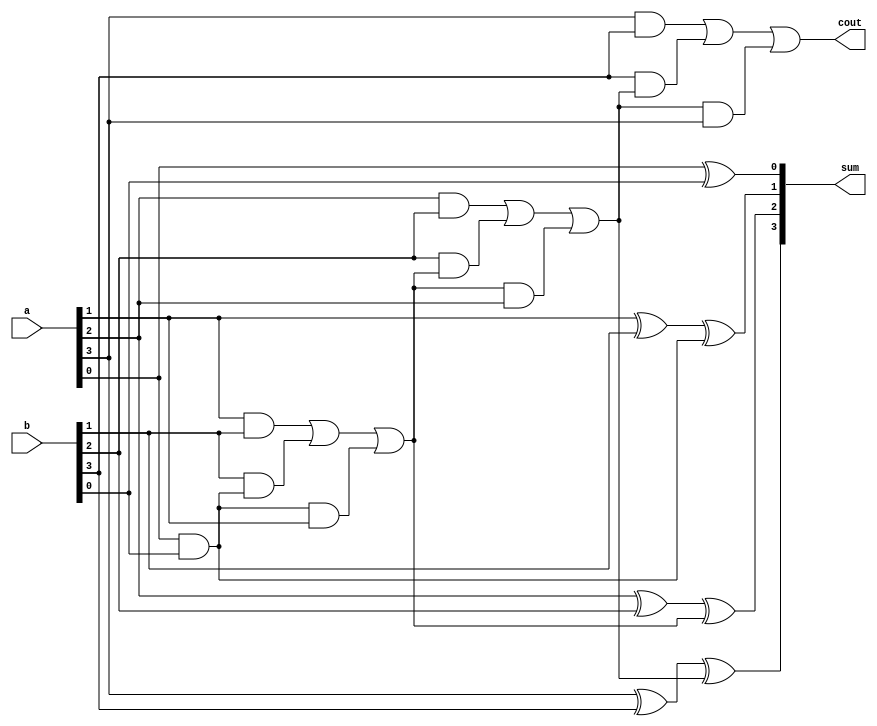
module Fulladder4 (a, b, sum, cout);
    input[3:0] a, b;
    output[3:0] sum;
    output cout;
    wire c1, c2, c3;
    wire[9:0] w;

    xor(sum[0], a[0], b[0]);
    and(c1, a[0], b[0]);

    xor(sum[1], a[1], b[1], c1);
    and(w[1], a[1], b[1]);
    and(w[2], b[1], c1);
    and(w[3], c1, a[1]);
    or(c2, w[1], w[2], w[3]);

    xor(sum[2], a[2], b[2], c2);
    and(w[4], a[2], b[2]);
    and(w[5], b[2], c2);
    and(w[6], c2, a[2]);
    or(c3, w[4], w[5], w[6]);

    xor(sum[3], a[3], b[3], c3);
    and(w[7], a[3], b[3]);
    and(w[8], b[3], c3);
    and(w[9], c3, a[3]);
    or(cout, w[7], w[8], w[9]);
endmodule